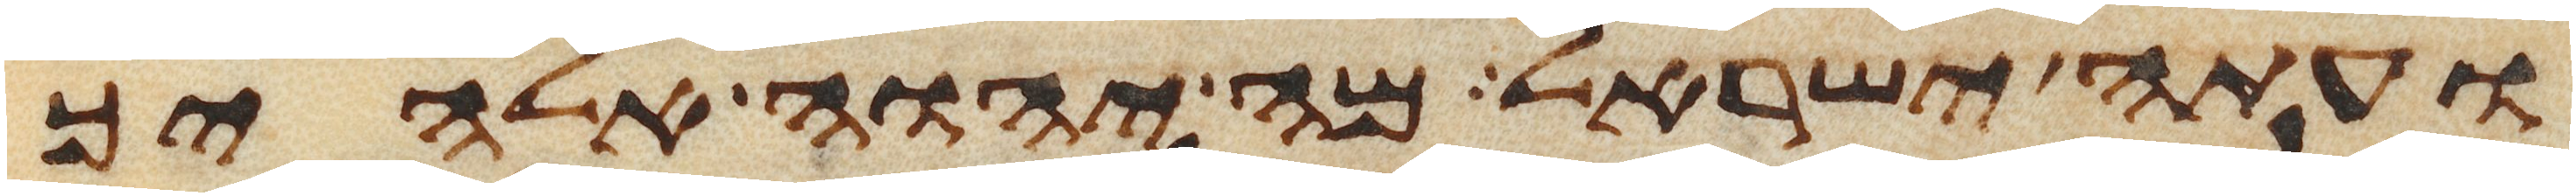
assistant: ועתה ישראל מה יהוה אלהיך